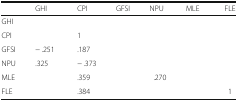
<table><thead><tr><td>[EMPTY_CELL]</td><td><b>GHI</b></td><td><b>CPI</b></td><td><b>GFSI</b></td><td><b>NPU</b></td><td><b>MLE</b></td><td><b>FLE</b></td></tr></thead><tbody><tr><td>GHI</td><td>[EMPTY_CELL]</td><td>[EMPTY_CELL]</td><td>[EMPTY_CELL]</td><td>[EMPTY_CELL]</td><td>[EMPTY_CELL]</td><td>[EMPTY_CELL]</td></tr><tr><td>CPI</td><td>[EMPTY_CELL]</td><td>1</td><td>[EMPTY_CELL]</td><td>[EMPTY_CELL]</td><td>[EMPTY_CELL]</td><td>[EMPTY_CELL]</td></tr><tr><td>GFSI</td><td>− .251</td><td>.187</td><td>[EMPTY_CELL]</td><td>[EMPTY_CELL]</td><td>[EMPTY_CELL]</td><td>[EMPTY_CELL]</td></tr><tr><td>NPU</td><td>.325</td><td>− .373</td><td>[EMPTY_CELL]</td><td>[EMPTY_CELL]</td><td>[EMPTY_CELL]</td><td>[EMPTY_CELL]</td></tr><tr><td>MLE</td><td>[EMPTY_CELL]</td><td>.359</td><td>[EMPTY_CELL]</td><td>.270</td><td>[EMPTY_CELL]</td><td>[EMPTY_CELL]</td></tr><tr><td>FLE</td><td>[EMPTY_CELL]</td><td>.384</td><td>[EMPTY_CELL]</td><td>[EMPTY_CELL]</td><td>[EMPTY_CELL]</td><td>1</td></tr></tbody></table>